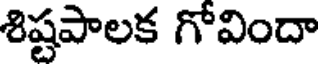
శిష్టపాలక గోవిందా